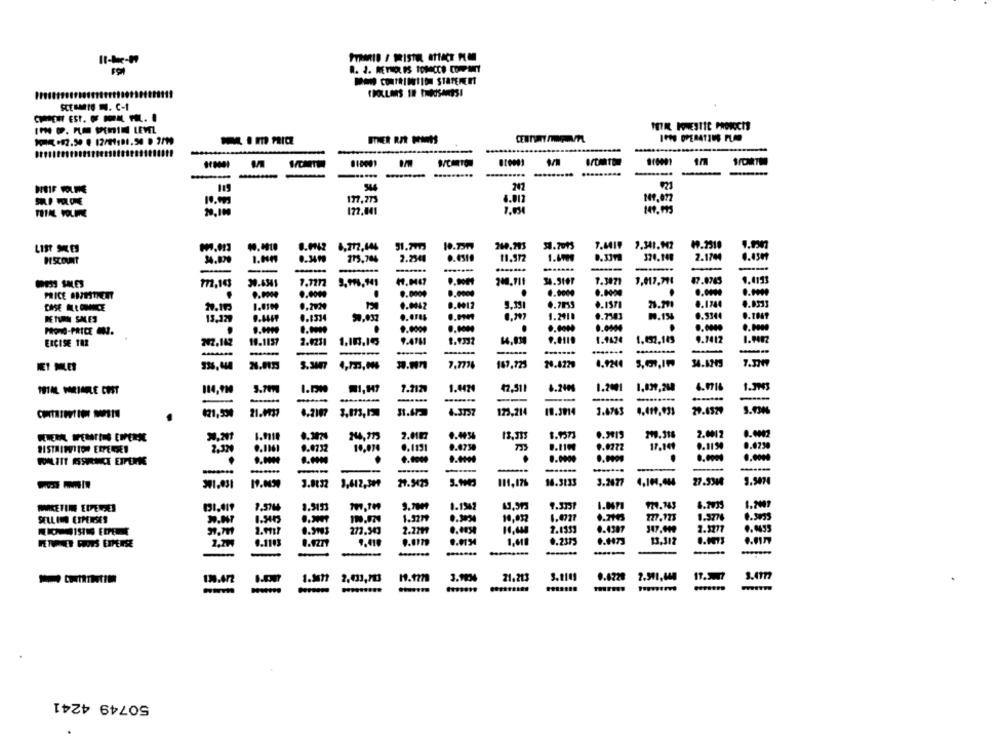
11-k-17
FYRARID / PRISTEL ATTACT PO
MAN CONTRITION STATEMENT
"DOLLARS IN THOUSANDS!
SCUSIO . C-1
STHER RER PARIS
810001
......
247
SUL P VOLONE
177,773
4.017
149,072
20,100
122,041
7.03
33.7013
LIST SKES
8.9942 8,212,644
51.7773
260,293
7.8419 7.341.947
DISCOUNT
215,784
2.2340
0.331
320.148
2.1744
0.450
-
-
772,143
30.6341
200.711
34.310P
1.3071
1,917,71l
9.4133
MESS SALES
PRICE SOESTKENT
.
.. 0009
6.0000
9.0042
0.0012
9.351
21.771
0,1744
0.0533
CASE BLEONICE
0.2020
RETURN SMLES
13.327
0.1334
90.037
1.241.
0.7543
N.154
0.3344
0.000
PROnd-PRICE IN.
10.1157
2.0231
1.10,16
9.4161
1.9332
1.142€
1.432,143
9.7412
1.9002
ERCISE TAR
302.142
-
-
------
-
5.3007
7.777%
187,125
14.4229
4.9244
34.6349
MET MILES
4,723,06
TOTAL VARIARLE COST
114,920
7.2120
1.4424
42,511
6.2100
1.2001
--....
-
121,534
21.4037
4.2107
4.3757
123,214
19.3014
3.4763
4.499,933
29.6529
1.9110
244,973
2.0107
13,333
1.9571
219.318
2.0017
9.0272
17.141
0.1150
0.023%
2.324
0.0732
10,070
0.1131
9.4730
0.9900
---
-
3.0032
9,612,309
111,176
14.3233
3.2677
941,031
1.0671
1.2009
7.5744
8.5153
1.1342
SELLING EXPENSES
1.3279
0.3034
10,032
177.123
1.3776
RIO-19790 ERPEINE
2.9717
273.343
2.279
2.1353
0.4307
2.3277
9.9455
9.0134
0.2375
0.9473
13,312
0.1103
0.9279
-
1.77
2,033,713
3.9034
21.213
5.1111
0.4720
-
-
.........
50749 4241